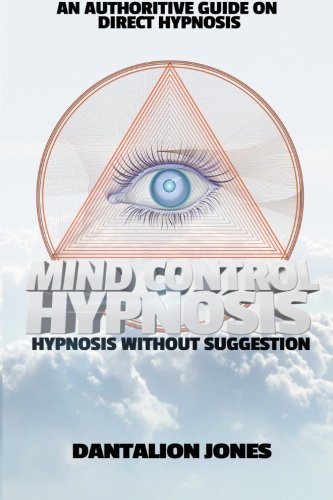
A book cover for Mind Control Hypnosis - Hypnosis Without Suggestion; Dantalion Jones; Self-Help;